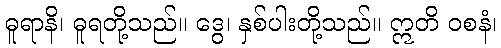
ဓူရာနိ၊ ဓူရတို့သည်။ ဒွေ၊ နှစ်ပါးတို့သည်။ ဣတိ ဝစနံ၊